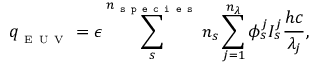
q _ { _ \mathrm { ~ E ~ U ~ V ~ } } = \epsilon \sum _ { s } ^ { n _ { \texttt { s p e c i e s } } } n _ { s } \sum _ { j = 1 } ^ { n _ { \lambda } } \phi _ { s } ^ { j } I _ { s } ^ { j } \frac { h c } { \lambda _ { j } } ,